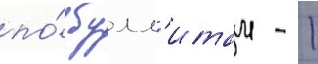
по́ булл'итам - 1